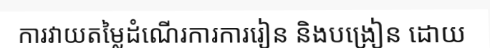
ការវាយតម្លៃដំណើរការការរៀន និងបង្រៀន ដោយ